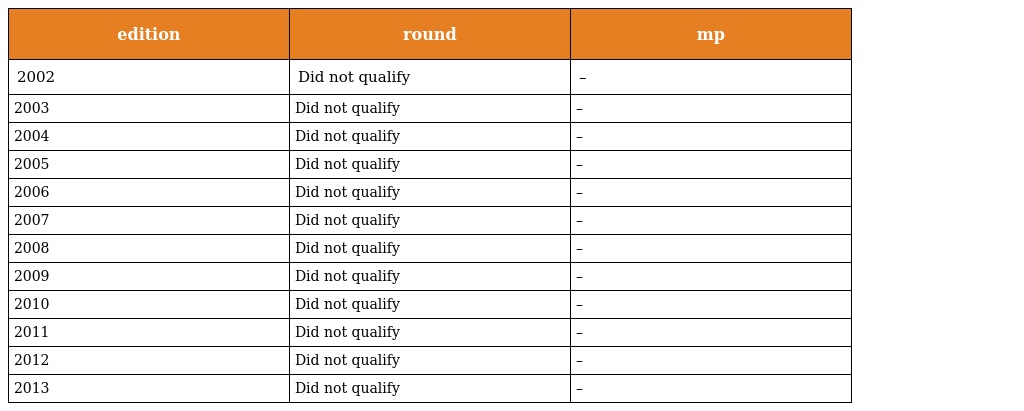
| edition | round | mp |
 | --- | --- | --- |
 | 2002 | Did not qualify | – |
 | 2003 | Did not qualify | – |
 | 2004 | Did not qualify | – |
 | 2005 | Did not qualify | – |
 | 2006 | Did not qualify | – |
 | 2007 | Did not qualify | – |
 | 2008 | Did not qualify | – |
 | 2009 | Did not qualify | – |
 | 2010 | Did not qualify | – |
 | 2011 | Did not qualify | – |
 | 2012 | Did not qualify | – |
 | 2013 | Did not qualify | – |